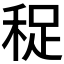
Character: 𥞺